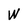
Character: W